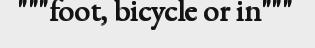
"""foot, bicycle or in"""